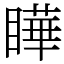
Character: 瞱